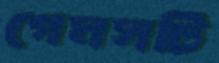
গেমসটি